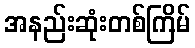
အနည်းဆုံးတစ်ကြိမ်